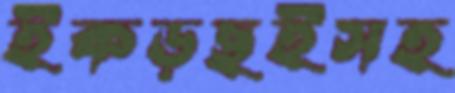
ইকড়ছইসহ